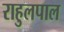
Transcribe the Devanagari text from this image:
राहुलपाल